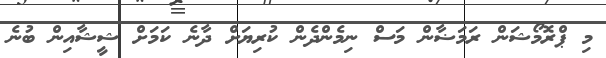
މި ޕްރޮމޯޝަން ރަމަޟާން މަސް ނިމެންދެން ކުރިޔަށް ދާނެ ކަމަށް ޝީޝާއިން ބުނެ